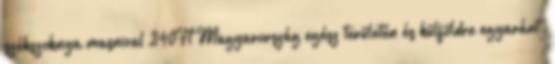
székszoknya masnival 240Ft Magyarország egész területén és külföldre egyaránt.